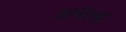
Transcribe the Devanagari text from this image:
अमोत्झ